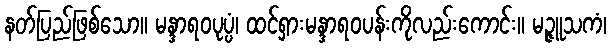
နတ်ပြည်ဖြစ်သော။ မန္ဒာရဝပုပ္ပံ၊ ထင်ရှားမန္ဒာရဝပန်းကိုလည်းကောင်း။ မဉ္ဇူသကံ၊